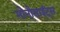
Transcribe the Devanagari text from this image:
मोनोसाईट्स